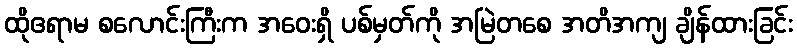
ထိုဧရာမ စလောင်းကြီးက အဝေးရှိ ပစ်မှတ်ကို အမြဲတစေ အတိအကျ ချိန်ထားခြင်း